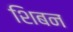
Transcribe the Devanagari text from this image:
शिबन